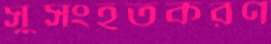
সুসংহতকরণ